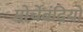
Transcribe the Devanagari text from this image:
मोर्चेबंदियों